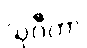
သုဂီတာ